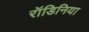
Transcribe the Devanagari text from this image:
रॉडिनिया